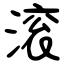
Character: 滚